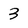
Character: 3